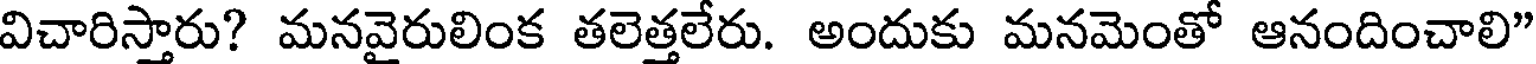
విచారిస్తారు? మనవైరులింక తలెత్తలేరు. అందుకు మనమెంతో ఆనందించాలి"